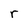
Character: r